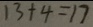
1 3 + 4 = 1 7